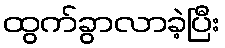
ထွက်ခွာလာခဲ့ပြီး